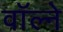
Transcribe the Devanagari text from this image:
वॉल्ने